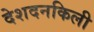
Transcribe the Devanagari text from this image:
देशदनकिली